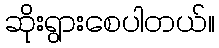
ဆိုးရွားစေပါတယ်။